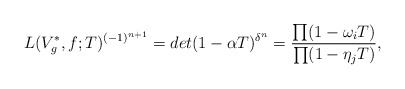
\begin{align*}L(V_g^*, f; T)^{(-1)^{n+1}} = det(1 - \alpha T)^{\delta^n} = \frac{\prod (1 - \omega_i T)}{\prod (1 - \eta_j T)},\end{align*}